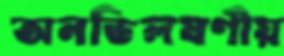
অনভিলষণীয়